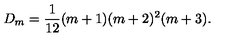
D _ { m } = \frac { 1 } { 1 2 } ( m + 1 ) ( m + 2 ) ^ { 2 } ( m + 3 ) .